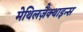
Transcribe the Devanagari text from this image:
मेथिलज़ैक्थाइन्स